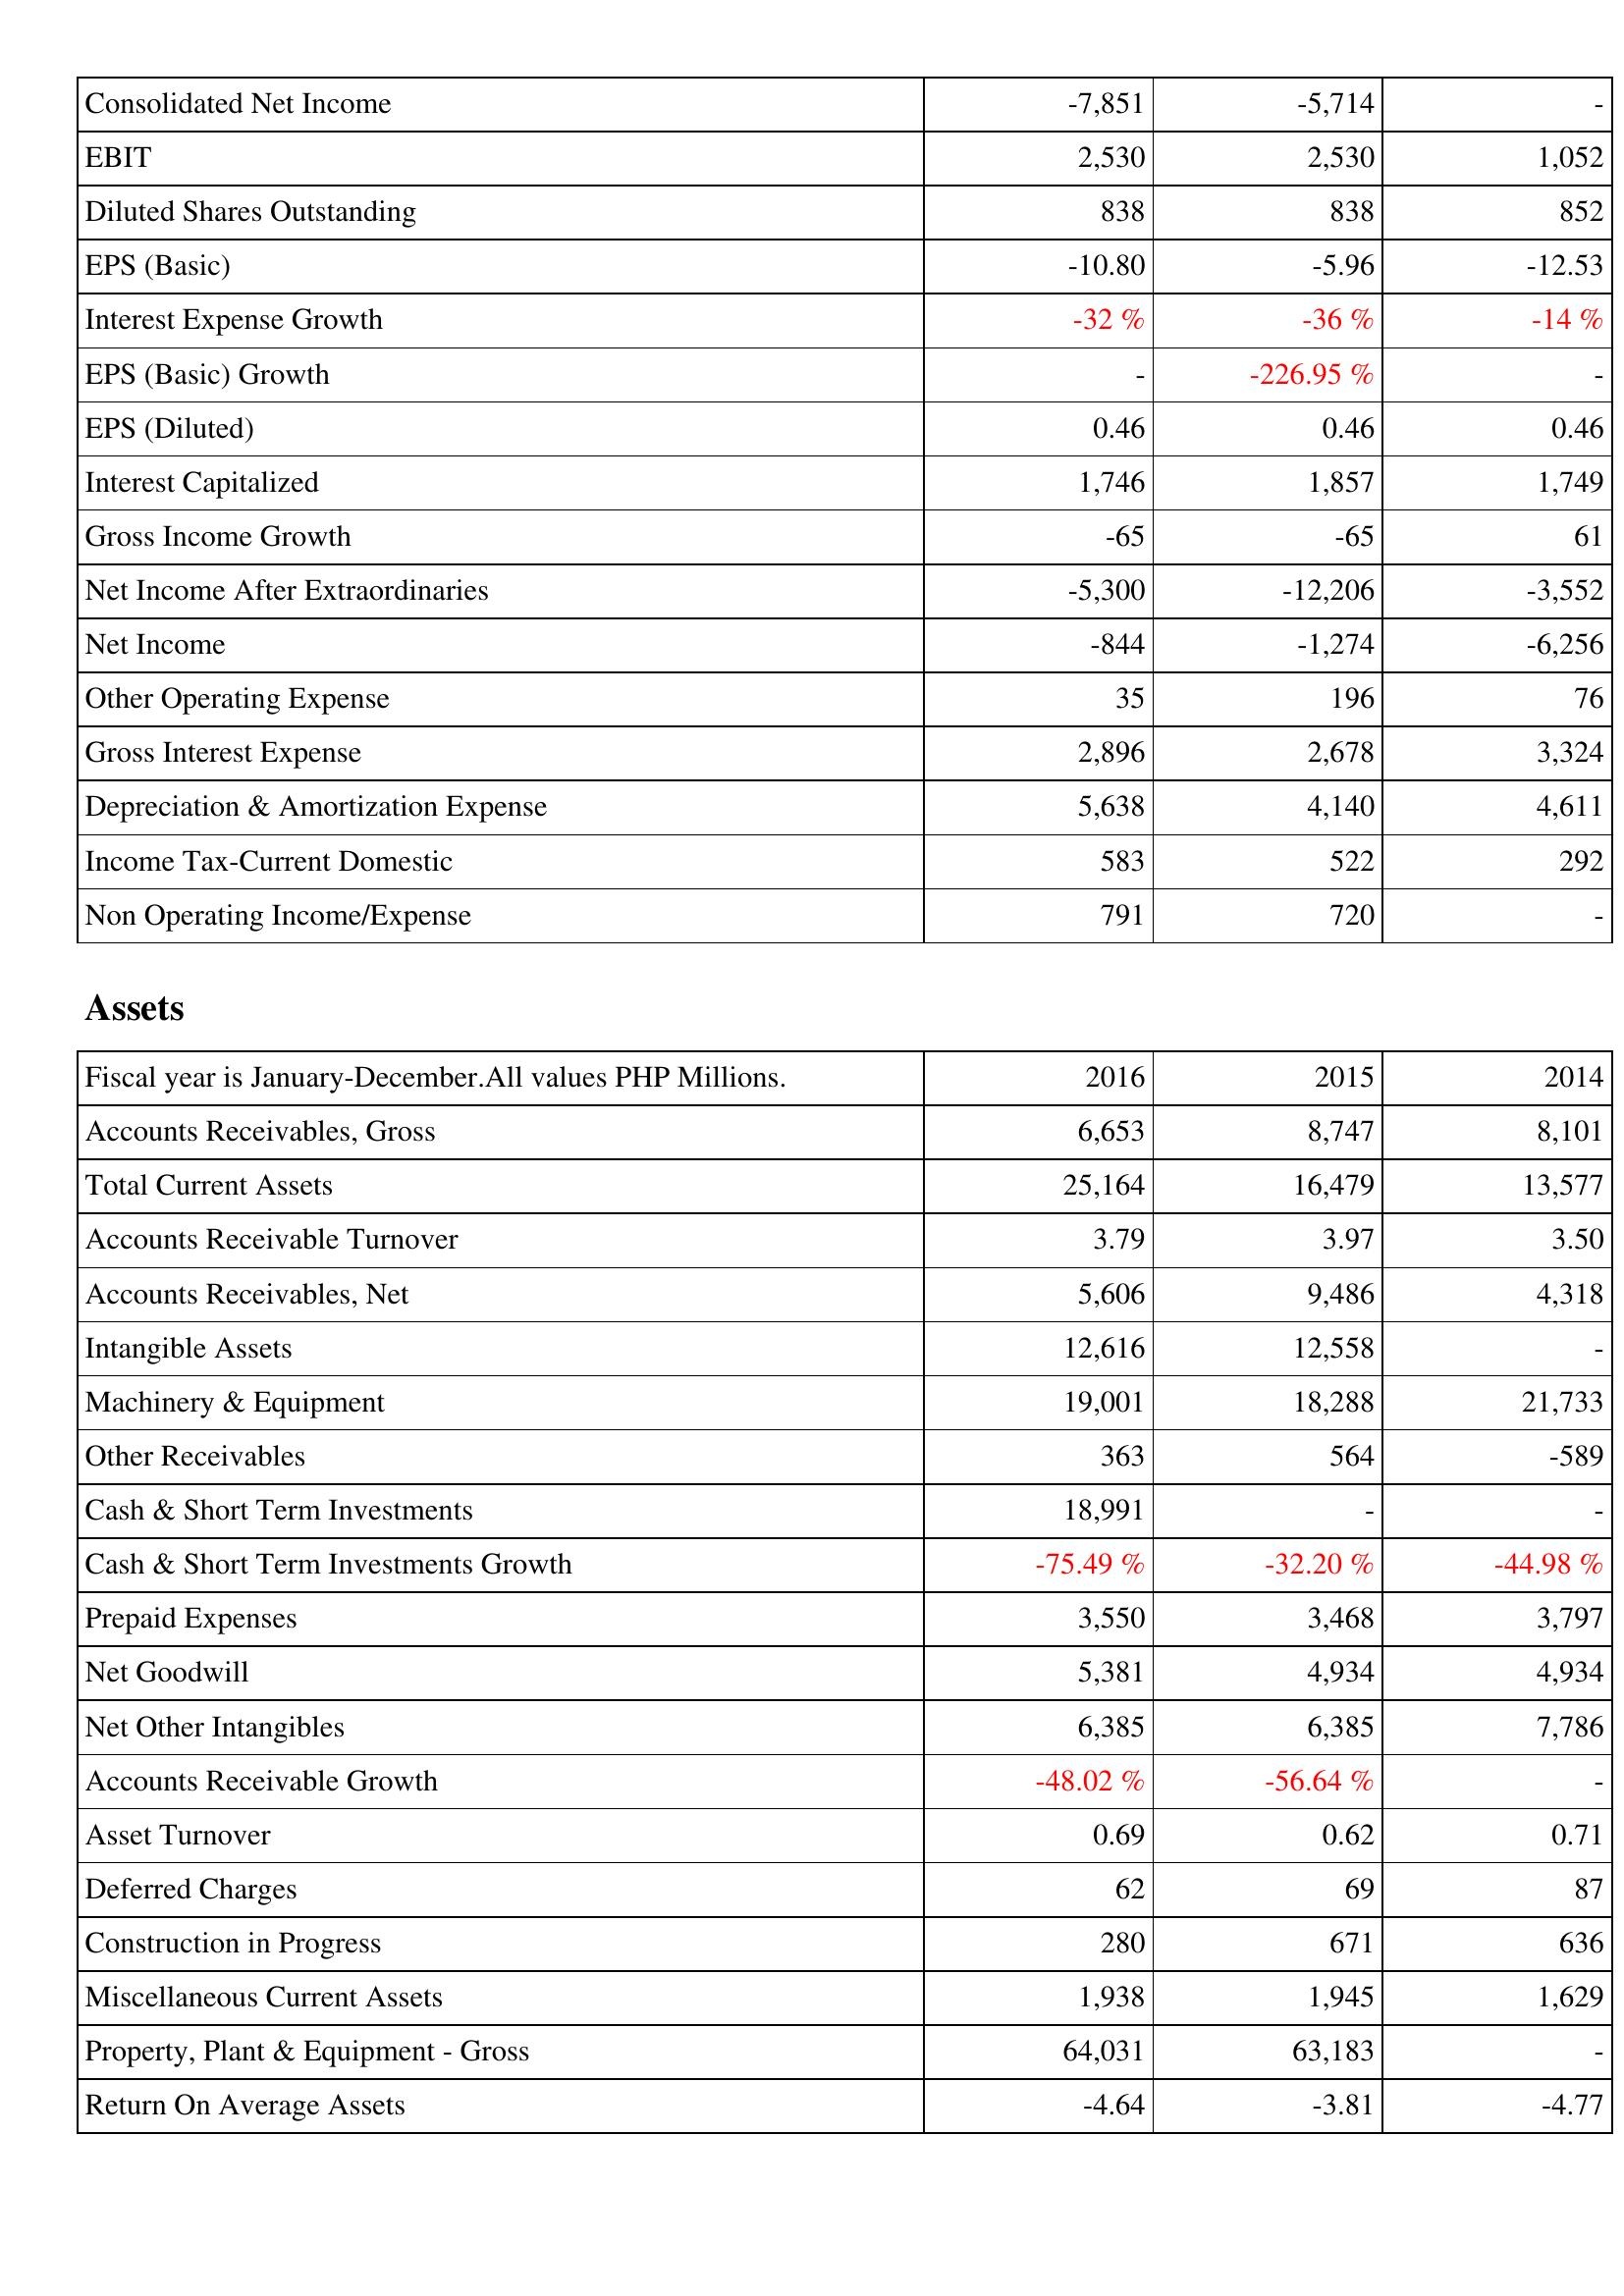
2016: Income Statement: Consolidated Net Income: -7,851
EBIT: 2,530
Diluted Shares Outstanding: 838
EPS (Basic): -10.80
Interest Expense Growth: -32 %
EPS (Basic) Growth: -
EPS (Diluted): 0.46
Interest Capitalized: 1,746
Gross Income Growth: -65
Net Income After Extraordinaries: -5,300
Net Income: -844
Other Operating Expense: 35
Gross Interest Expense: 2,896
Depreciation & Amortization Expense: 5,638
Income Tax-Current Domestic: 583
Non Operating Income/Expense: 791
Assets: Accounts Receivables, Gross: 6,653
Total Current Assets: 25,164
Accounts Receivable Turnover: 3.79
Accounts Receivables, Net: 5,606
Intangible Assets: 12,616
Machinery & Equipment: 19,001
Other Receivables: 363
Cash & Short Term Investments: 18,991
Cash & Short Term Investments Growth: -75.49 %
Prepaid Expenses: 3,550
Net Goodwill: 5,381
Net Other Intangibles: 6,385
Accounts Receivable Growth: -48.02 %
Asset Turnover: 0.69
Deferred Charges: 62
Construction in Progress: 280
Miscellaneous Current Assets: 1,938
Property, Plant & Equipment - Gross: 64,031
Return On Average Assets: -4.64
2015: Income Statement: Consolidated Net Income: -5,714
EBIT: 2,530
Diluted Shares Outstanding: 838
EPS (Basic): -5.96
Interest Expense Growth: -36 %
EPS (Basic) Growth: -226.95 %
EPS (Diluted): 0.46
Interest Capitalized: 1,857
Gross Income Growth: -65
Net Income After Extraordinaries: -12,206
Net Income: -1,274
Other Operating Expense: 196
Gross Interest Expense: 2,678
Depreciation & Amortization Expense: 4,140
Income Tax-Current Domestic: 522
Non Operating Income/Expense: 720
Assets: Accounts Receivables, Gross: 8,747
Total Current Assets: 16,479
Accounts Receivable Turnover: 3.97
Accounts Receivables, Net: 9,486
Intangible Assets: 12,558
Machinery & Equipment: 18,288
Other Receivables: 564
Cash & Short Term Investments: -
Cash & Short Term Investments Growth: -32.20 %
Prepaid Expenses: 3,468
Net Goodwill: 4,934
Net Other Intangibles: 6,385
Accounts Receivable Growth: -56.64 %
Asset Turnover: 0.62
Deferred Charges: 69
Construction in Progress: 671
Miscellaneous Current Assets: 1,945
Property, Plant & Equipment - Gross: 63,183
Return On Average Assets: -3.81
2014: Income Statement: Consolidated Net Income: -
EBIT: 1,052
Diluted Shares Outstanding: 852
EPS (Basic): -12.53
Interest Expense Growth: -14 %
EPS (Basic) Growth: -
EPS (Diluted): 0.46
Interest Capitalized: 1,749
Gross Income Growth: 61
Net Income After Extraordinaries: -3,552
Net Income: -6,256
Other Operating Expense: 76
Gross Interest Expense: 3,324
Depreciation & Amortization Expense: 4,611
Income Tax-Current Domestic: 292
Non Operating Income/Expense: -
Assets: Accounts Receivables, Gross: 8,101
Total Current Assets: 13,577
Accounts Receivable Turnover: 3.50
Accounts Receivables, Net: 4,318
Intangible Assets: -
Machinery & Equipment: 21,733
Other Receivables: -589
Cash & Short Term Investments: -
Cash & Short Term Investments Growth: -44.98 %
Prepaid Expenses: 3,797
Net Goodwill: 4,934
Net Other Intangibles: 7,786
Accounts Receivable Growth: -
Asset Turnover: 0.71
Deferred Charges: 87
Construction in Progress: 636
Miscellaneous Current Assets: 1,629
Property, Plant & Equipment - Gross: -
Return On Average Assets: -4.77